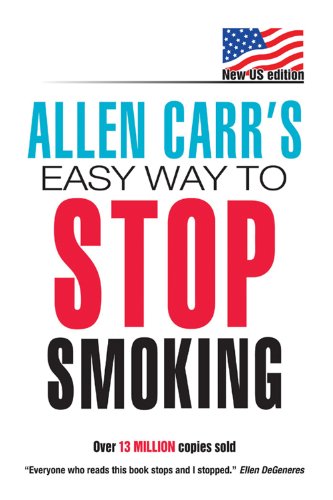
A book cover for Allen Carr's Easy Way to Stop Smoking: The Easyway To Stop Smoking; Allen Carr; Health, Fitness & Dieting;